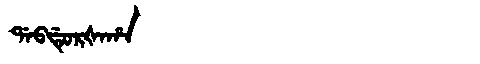
Manchu: ᡩᠠᠪᡩᡠᡵᡧᠠᡥᠠ
Romanization: DABDURŠAHA